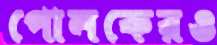
পোলকেরও